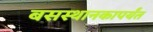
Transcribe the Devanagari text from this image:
बसस्थानकापर्यंत